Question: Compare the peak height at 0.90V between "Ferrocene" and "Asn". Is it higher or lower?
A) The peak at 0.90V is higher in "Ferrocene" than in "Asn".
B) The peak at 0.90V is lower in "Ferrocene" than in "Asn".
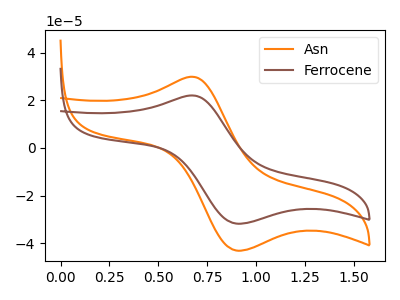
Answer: <think>The orange curve "Asn" has an anodic peak at (0.65V, 29.90uA) and a cathodic peak at (0.90V, -43.10uA). The brown curve "Ferrocene" has an anodic peak at (0.65V, 22.05uA) and a cathodic peak at (0.90V, -31.80uA).</think>
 <answer>B) The peak at 0.90V is lower in "Ferrocene" than in "Asn".</answer>
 <eval>B</eval>